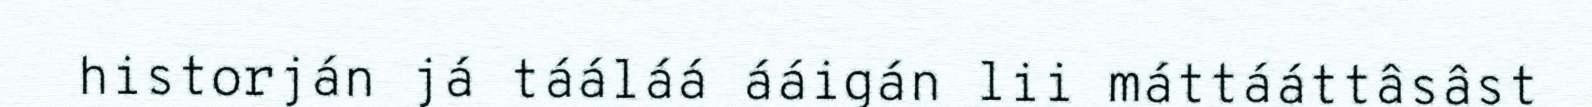
historján já tááláá ááigán lii máttááttâsâst